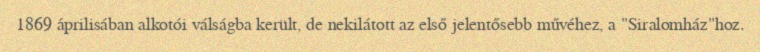
1869 áprilisában alkotói válságba került, de nekilátott az első jelentősebb művéhez, a "Siralomház"hoz.